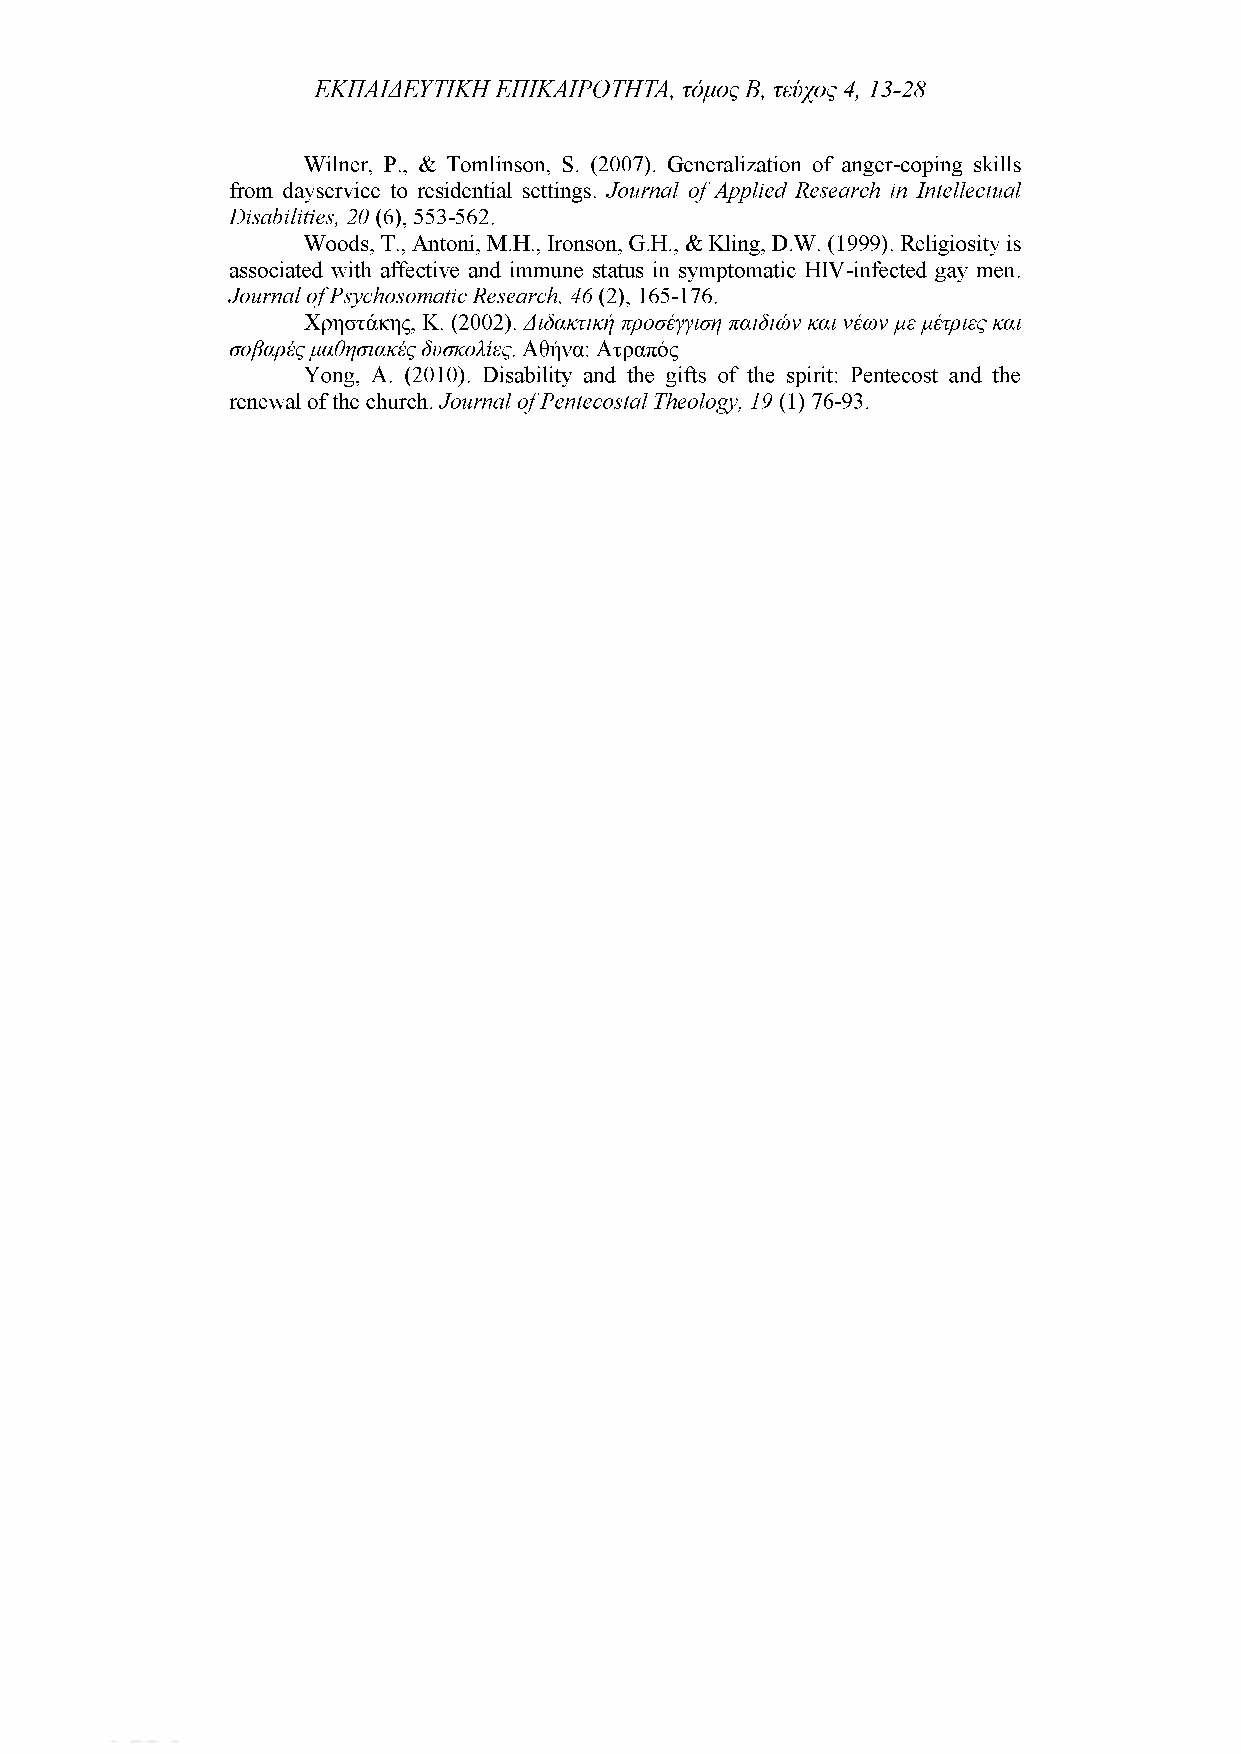
ΕΚΠΑΙΔΕΥΤΙΚΗ ΕΠΙΚΑΙΡΟΤΗΤΑ, τόμος Β, τεύχος 4, 13-28
 Wilner, P., & Tomlinson, S. (2007). Generalization of anger-coping skills
 from dayservice to residential settings. Journal of Applied Research in Intellectual
 Disabilities, 20 (6), 553-562.
 Woods, T., Antoni, M.H., Ironson, G.H., & Kling, D.W. (1999). Religiosity is
 associated with affective and immune status in symptomatic HIV-infected gay men.
 Journal of Psychosomatic Research, 46 (2), 165-176.
 Χρηστάκης, Κ. (2002). Διδακτική προσέγγιση παιδιών και νέων με μέτριες και
 σοβαρές μαθησιακές δυσκολίες. Αθήνα: Ατραπός
 Yong, A. (2010). Disability and the gifts of the spirit: Pentecost and the
 renewal of the church. Journal of Pentecostal Theology, 19 (1) 76-93.